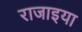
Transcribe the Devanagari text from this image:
राजाइया